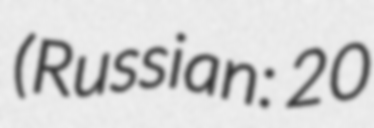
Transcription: (Russian: 20